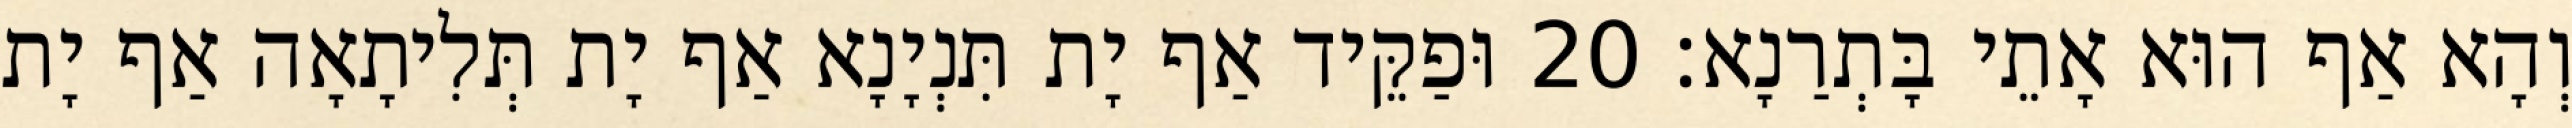
וְהָא אַף הוּא אָתֵי בָּתְרַנָא׃ 20 וּפַקֵּיד אַף יָת תִּנְיָנָא אַף יָת תְּלִיתָאָה אַף יָת